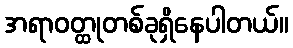
အရာဝတ္ထုတစ်ခုရှိနေပါတယ်။